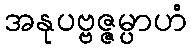
အနုပဗ္ဗဇ္ဇမ္ပာဟံ